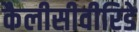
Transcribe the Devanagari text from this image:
कैलीसीवीरिडे